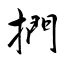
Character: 捫